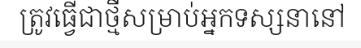
ត្រូវធ្វើជាថ្មីសម្រាប់អ្នកទស្សនានៅ